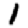
Digit: 1